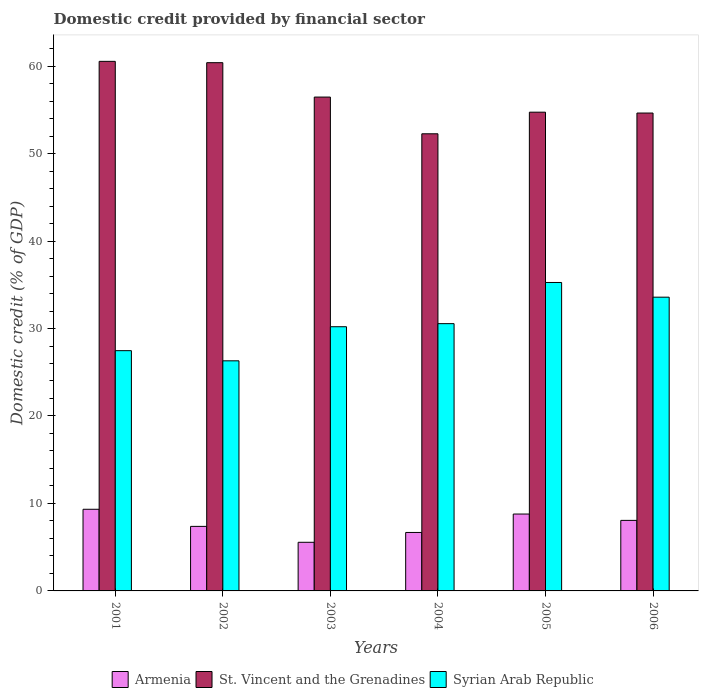
| Years | Armenia | St. Vincent and the Grenadines | Syrian Arab Republic |
 | --- | --- | --- | --- |
 | 2001 | 9.33 | 60.5 | 27.5 |
 | 2002 | 7.38 | 60.4 | 26.3 |
 | 2003 | 5.56 | 56.5 | 30.2 |
 | 2004 | 6.68 | 52.3 | 30.6 |
 | 2005 | 8.79 | 54.7 | 35.3 |
 | 2006 | 8.06 | 54.6 | 33.6 |